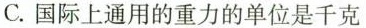
C.国际上通用的重力的单位是千克